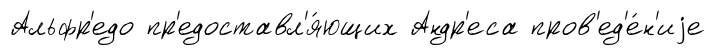
Альфр'едо пр'едоставл'я́ющих Андр'еса пров'ед'е́н'иjе